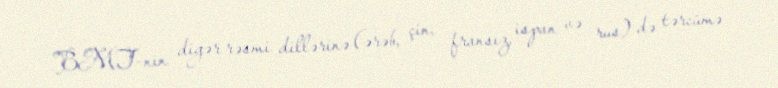
BMT-nin digər rəsmi dillərinə (ərəb, çin, fransız, ispan və rus) də tərcümə